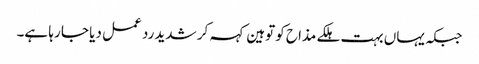
جبکہ یہاں بہت ہلکے مذاح کو توہین کہہ کر شدید رد عمل دیا جا رہا ہے۔